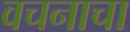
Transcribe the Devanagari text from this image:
वचनाचा